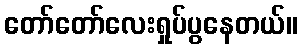
တော်တော်လေးရှုပ်ပွနေတယ်။